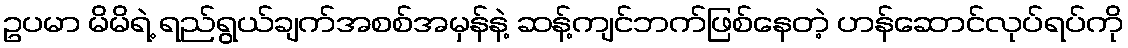
ဥပမာ မိမိရဲ့ ရည်ရွယ်ချက်အစစ်အမှန်နဲ့ ဆန့်ကျင်ဘက်ဖြစ်နေတဲ့ ဟန်ဆောင်လုပ်ရပ်ကို